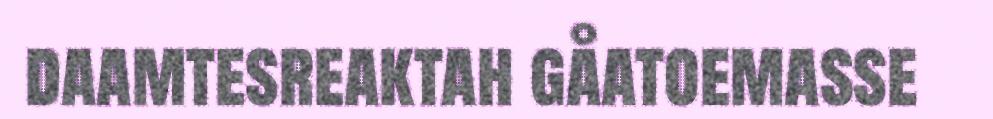
daamtesreaktah gåatoemasse